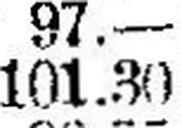
101.30